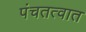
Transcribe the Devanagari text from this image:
पंचतत्वात